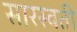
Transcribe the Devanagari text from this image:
सारस्वती